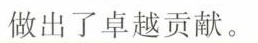
做出了卓越贡献。